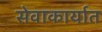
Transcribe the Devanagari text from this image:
सेवाकार्यात